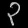
Digit: ၃